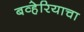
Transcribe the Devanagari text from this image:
बव्हेरियाचा